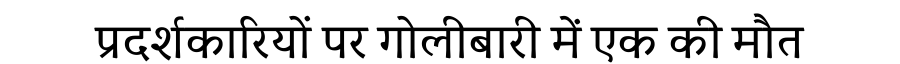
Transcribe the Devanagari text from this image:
प्रदर्शकारियों पर गोलीबारी में एक की मौत